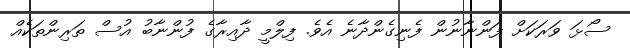
ސޯޅަ ވަރަކަށް ފަންނާނުން ފެނިގެންދާނެ އެވެ. ފިލްމީ ދާއިރާގެ ފުންނާބު އުސް ތަރިންތަކެއް